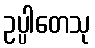
ဥပ္ပါတေသု